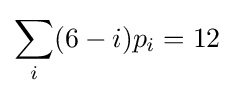
\sum _{i}(6-i)p_{i}=12